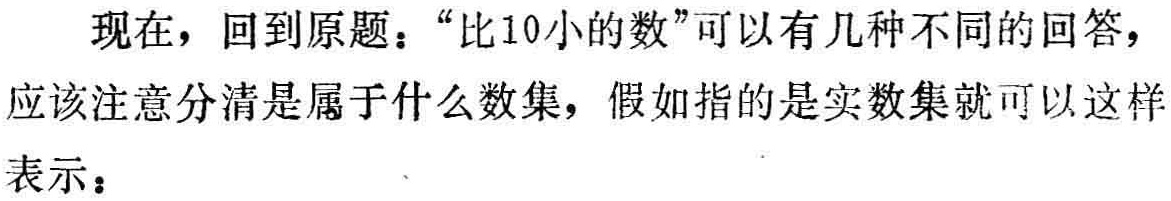
现在，回到原题：“比10小的数”可以有几种不同的回答，应该注意分清是属于什么数集，假如指的是实数集就可以这样表示：